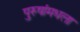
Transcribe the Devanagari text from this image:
पुरुषांमधला